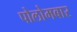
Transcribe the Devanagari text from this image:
पोलोमबार